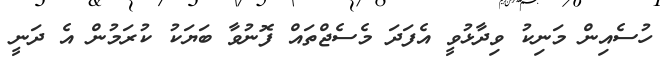
ހުސެއިން މަނިކު ވިދާޅުވީ އެފަދަ މެސެޖްތައް ފޮނުވާ ބަޔަކު ކުރަމުން އެ ދަނީ